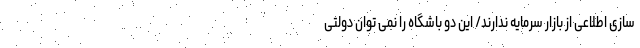
سازی اطلاعی از بازار سرمایه ندارند/ این دو باشگاه را نمی توان دولتی